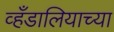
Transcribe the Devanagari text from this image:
व्हँडालियाच्या